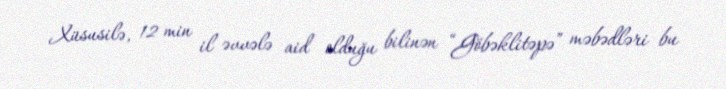
Xüsusilə, 12 min il əvvələ aid olduğu bilinən “Göbəklitəpə” məbədləri bu